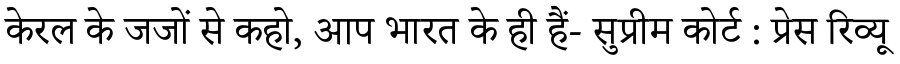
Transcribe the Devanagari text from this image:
केरल के जजों से कहो, आप भारत के ही हैं- सुप्रीम कोर्ट : प्रेस रिव्यू